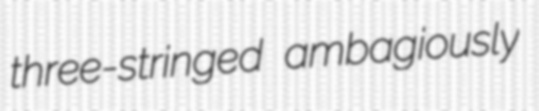
three-stringed ambagiously